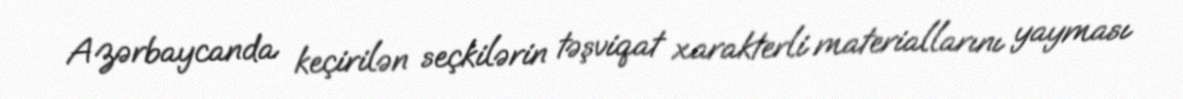
Azərbaycanda keçirilən seçkilərin təşviqat xarakterli materiallarını yayması